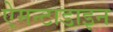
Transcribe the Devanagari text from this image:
ऐमन्टाडाइन